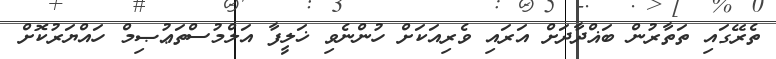
ތެރޭގައި ތަތާރުން ބަޣްދާދަށް އަރައި ވެރިއަކަށް ހުންނެވި ޚަލީފާ އަލްމުސްތަޢުޞިމް ހައްޔަރުކޮށް